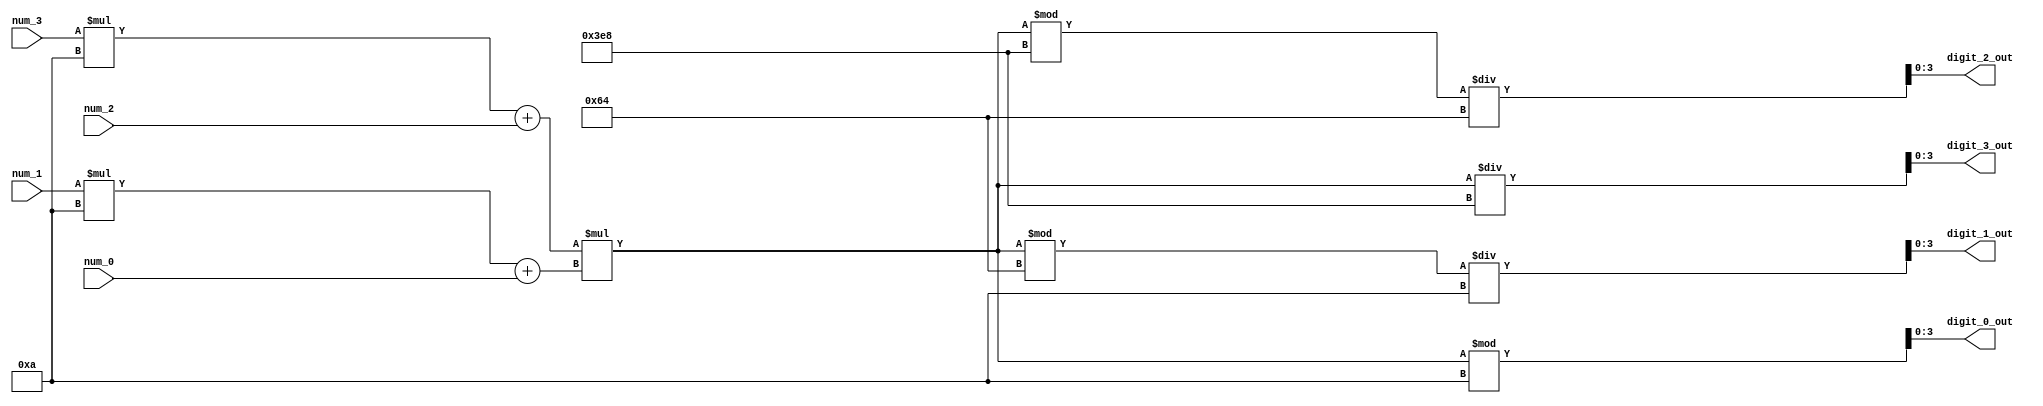
`timescale 1ns / 1ps
//////////////////////////////////////////////////////////////////////////////////
// Company: 
// Engineer: 
// 
// Design Name: 
// Module Name: dec_multiplier
// Project Name: 
// Target Devices: 
// Tool Versions: 
// Description: 
// 
// Dependencies: 
// 
// Revision:
// Revision 0.01 - File Created
// Additional Comments:
// 
//////////////////////////////////////////////////////////////////////////////////


module dec_multiplier(
    num_0, 
    num_1,
    num_2,
    num_3,
    digit_0_out,
    digit_1_out,
    digit_2_out,
    digit_3_out
    );

    output reg [3:0] digit_0_out, digit_1_out, digit_2_out, digit_3_out;
    input [3:0] num_0, num_1, num_2, num_3;
    
    reg [13:0] final_value;

    wire [13:0] value_0;
    wire [13:0] value_1;
    
    assign value_0 = num_3 * 14'd10 + num_2;
    assign value_1 = num_1 * 14'd10 + num_0;

    always @*
        final_value = value_0 * value_1;
    
    always @*
        begin
            digit_3_out = final_value / 14'd1000;
            digit_2_out = (final_value % 14'd1000) / 14'd100;
            digit_1_out = (final_value % 14'd100) / 14'd10;
            digit_0_out = final_value % 14'd10;
        end
endmodule